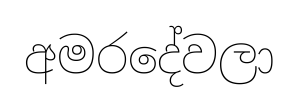
අමරදේවලා